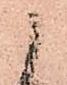
候